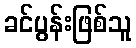
ခင်ပွန်းဖြစ်သူ